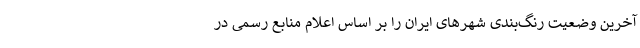
آخرین وضعیت رنگ‌بندی شهرهای ایران را بر اساس اعلام منابع رسمی در